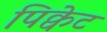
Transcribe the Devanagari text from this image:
पिक्वेट